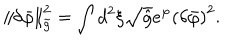
\left\| \delta { \bar { \varphi } } \right\| _ { \tilde { g } } ^ { 2 } = \int { d ^ { 2 } } \xi \sqrt { \hat { g } } { e ^ { \varphi } } { { ( \delta { \bar { \varphi } } ) } ^ { 2 } } .